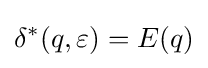
\delta ^{*}(q,\varepsilon )=E(q)